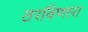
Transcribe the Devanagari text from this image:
ठरविणारा